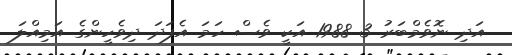
އަދި ނޮވެމްބަރު 3 1988 އަކީ ވެސް ހަމަ އެފަދަ ދިވެހީންގެ އަމިއްލަ